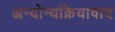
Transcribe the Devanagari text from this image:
अन्योन्यक्रियावाद